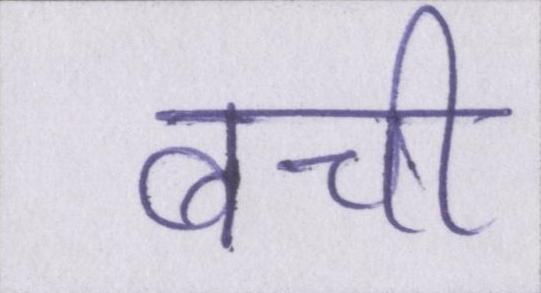
बची